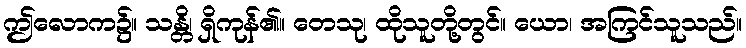
ဤလောက၌။ သန္တိ၊ ရှိကုန်၏။ တေသု၊ ထိုသူတို့တွင်။ ယော၊ အကြင်သူသည်။